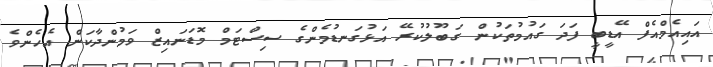
އައިއެމްއެފް އޭޑީބީ ފަދަ ގައުމުތަކުން ގަބޫލުކުރޭ އަޅުގަނޑުމެންގެ ސިސްޓަމް މޮޑަނައިޒް ވަމުންދާކަން އެހެންވެ